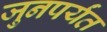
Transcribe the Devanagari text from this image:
जुनपर्यंत